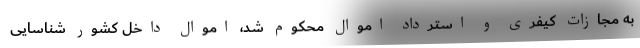
به مجازات کیفری و استرداد اموال محکوم شد، اموال داخل کشور شناسایی